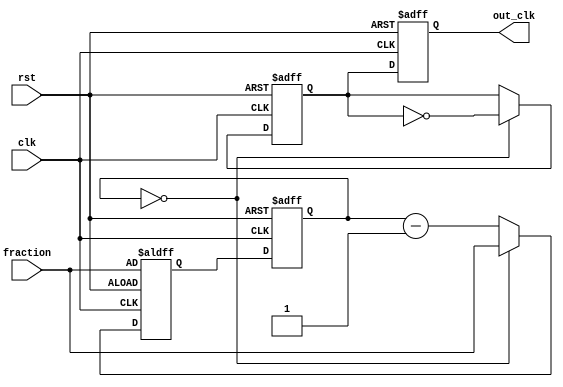
module fractional_clock_divider (
    input clk,
    input rst,
    input [7:0] fraction,
    output reg out_clk
);

reg [7:0] count;
reg [7:0] next_count;
reg sync_clk;

always @(posedge clk or posedge rst) begin
    if (rst) begin
        count <= 8'd0;
        next_count <= fraction;
        sync_clk <= 1'b0;
    end else begin
        count <= next_count;
        if (count == 8'd0) begin
            next_count <= fraction;
            sync_clk <= ~sync_clk;
        end else begin
            next_count <= count - 1;
        end
    end
end

always @(posedge clk or posedge rst) begin
    if (rst) begin
        out_clk <= 1'b0;
    end else begin
        out_clk <= sync_clk;
    end
end

endmodule